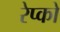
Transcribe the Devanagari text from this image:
रेप्को